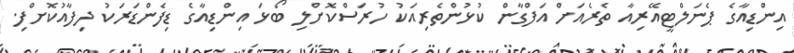
އިންޑިއާގެ ޕެނަލްޓީއޭރިއާ ތެރެއަށް އަފްގާން ކުޅުންތެރިއަކު ހުރަސްކޮށްލި ބޯޅަ އިންޑިއާގެ ޑިފެންޑަރަކު ދިފާއުކޮށްފި.